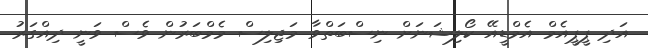
އަދި ޕީޕީއެމް އެމްޑީއޭ ކޯލިޝަނަށް ނިސްބަތްވާ މަޖިލިސް މެމްބަރުން ވެސް ވަނީ ދިއްގަރު